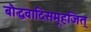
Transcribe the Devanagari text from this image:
बौद्धवादिसमूहजित्